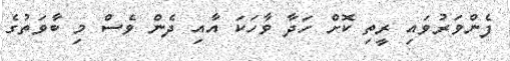
ފެންވަރުވައި ރީތި ކޮށް ހަދާ ވާހަކަ އާއި ދެން ވެސް މި ބާވަތުގެ